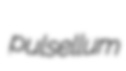
pulsellum